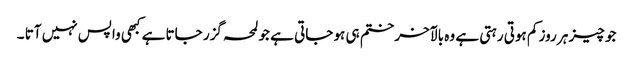
جو چیز ہر روز کم ہوتی رہتی ہے وہ بالآخر ختم ہی ہو جاتی ہے جو لمحہ گزر جاتا ہے کبھی واپس نہیں آتا ۔